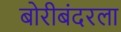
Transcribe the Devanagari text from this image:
बोरीबंदरला